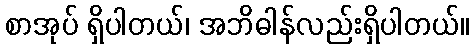
စာအုပ် ရှိပါတယ်၊ အဘိဓါန်လည်းရှိပါတယ်။